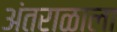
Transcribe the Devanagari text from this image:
अंतराळाला